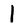
Character: 1